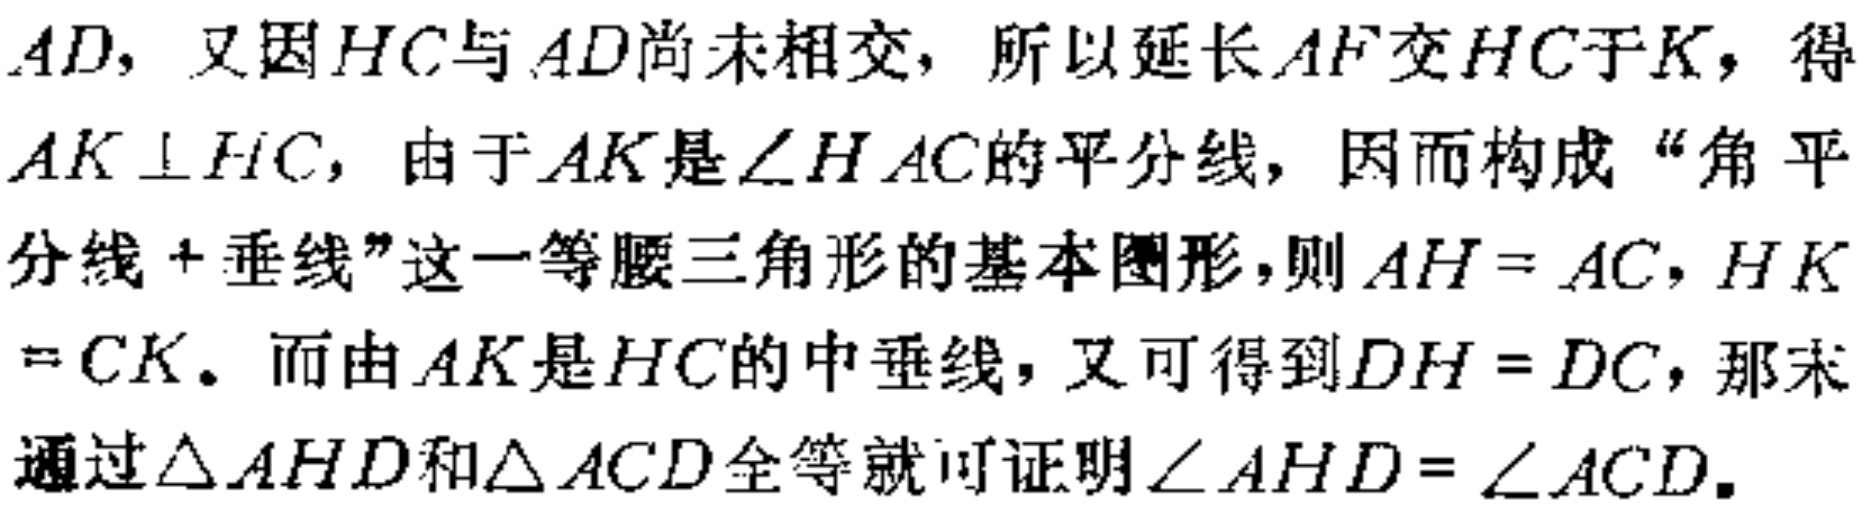
$AD$，又因$HC$与$AD$尚未相交，所以延长$AF$交$HC$于$K$，得$AK \perp HC$，由于$AK$是$\angle HAC$的平分线，因而构成“角平分线 + 垂线”这一等腰三角形的基本图形，则$AH = AC$，$HK = CK$。而由$AK$是$HC$的中垂线，又可得到$DH = DC$，那末通过$\triangle AHD$和$\triangle ACD$全等就可证明$\angle AHD = \angle ACD$。